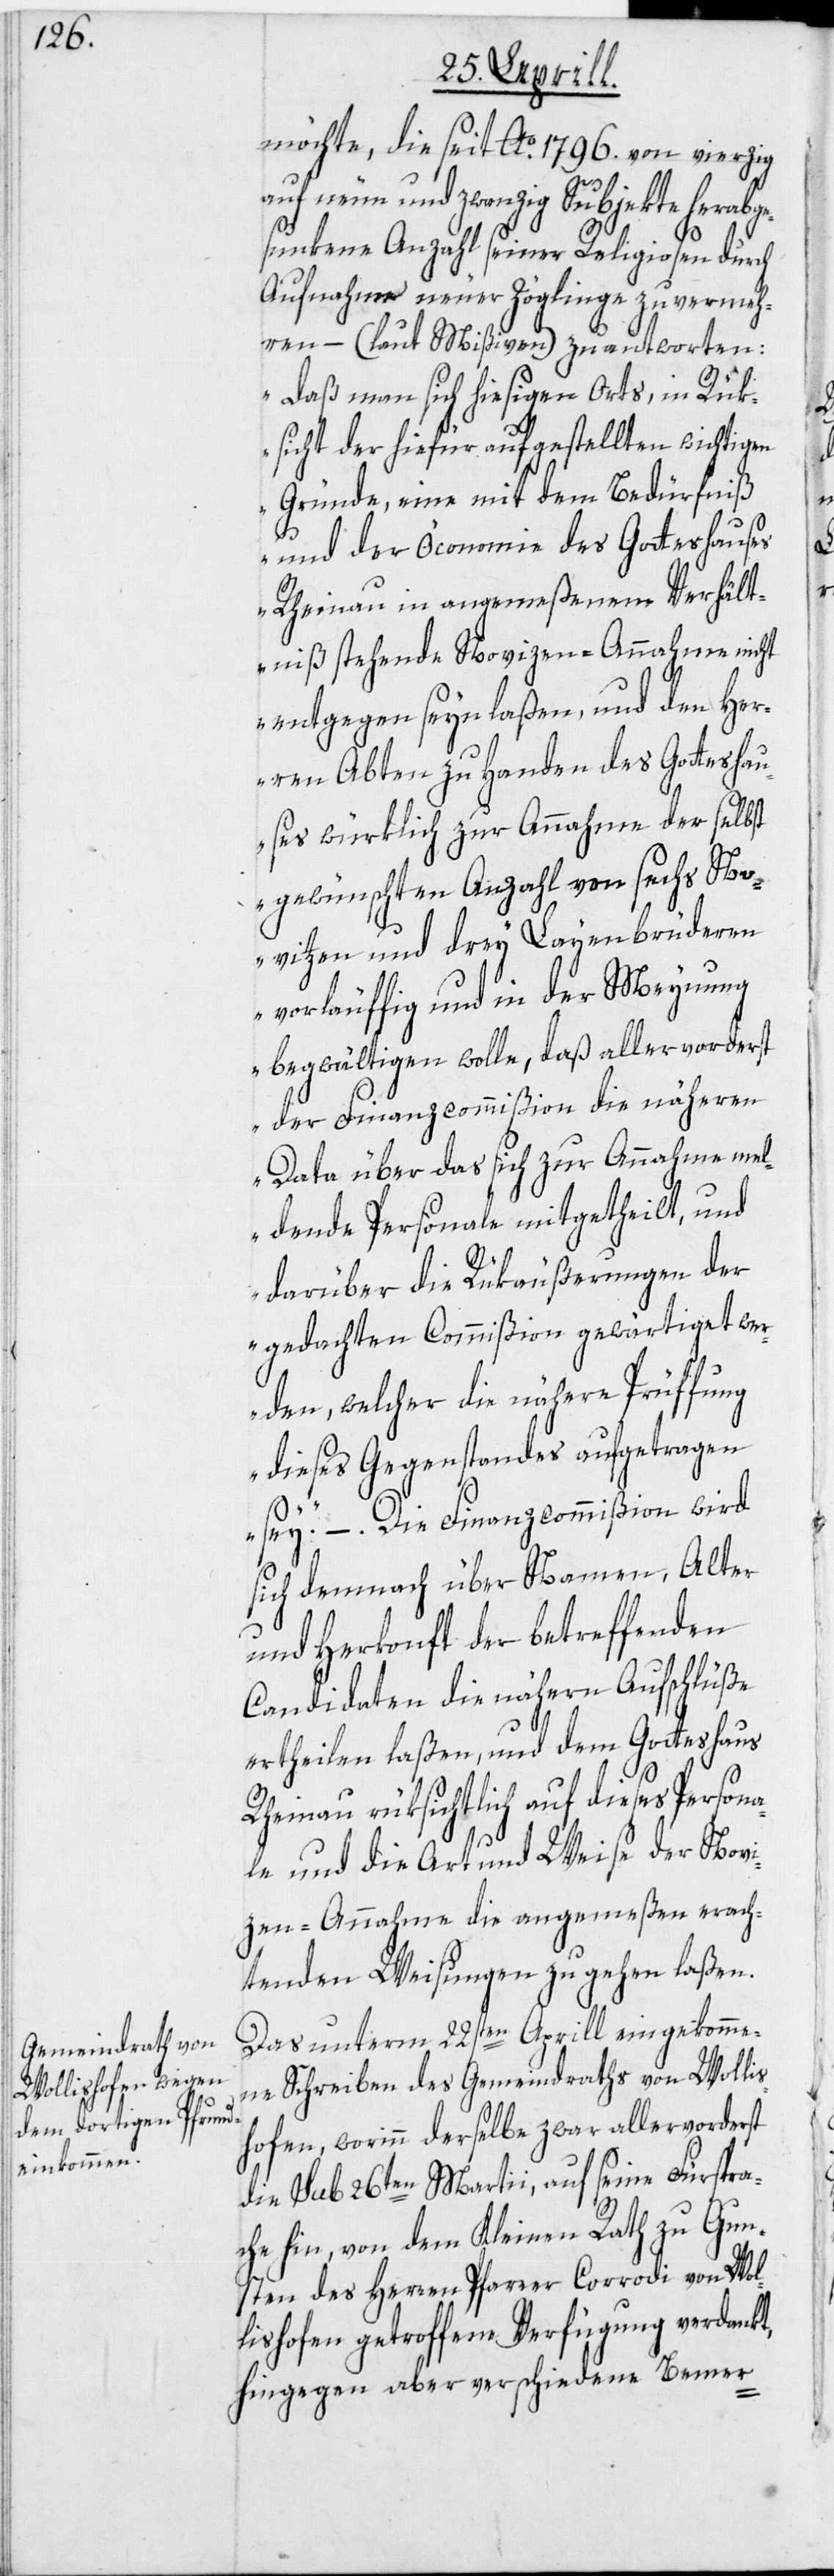
möchte, die seit Ao. 1796. von vierzig
auf neun und zwanzig Subjekte herabg¬
esunkene Anzahl seiner Religiosen durch
Aufnahme neuer Zöglinge zu vermeh¬
ren – (laut Mißiven) zu antworten:
„Daß man sich hiesigen Orts, in Rük¬
sicht der hiefür aufgestellten wichtigen
Gründe, eine mit dem Bedürfniß
und der Öconomie des Gotteshauses
Rheinau in angemeßenem Verhält¬
niß stehende Novizen-Annahme nicht
entgegen seyn laßen, und den Her¬
ren Abten zu Handen des Gotteshau¬
ses würklich zur Annahme der selbst
gewünschten Anzahl von sechs No¬
vitzen und drey Layenbrüderen
vorläuffig und in der Meynung
begwältigen wolle, daß aller vorderst
der Finanzcommißion die näheren
Data über das sich zur Annahme mel¬
dende Personale mitgetheilt, und
darüber die Rükäußerungen der
gedachten Commißion gewärtiget wer¬
den, welcher die nähere Prüffung
dieses Gegenstandes aufgetragen
sei.“ – Die Finanzcommißion wird
sich demnach über Namen, Alter
und Herkonft der betreffenden
Candidaten die nähern Aufschlüße
ertheilen laßen, und dem Gotteshaus
Rheinau rüksichtlich auf dieses Persona¬
le und die Art und Weise der Novi¬
zen-Annahme die angemeßen erach¬
tenden Weisungen zu gehen laßen.
Das unterm 22sten Aprill eingekomme¬
ne Schreiben des Gemeindraths von Wolli¬
shofen, worinn derselbe zwar allervorderst
die sub 26ten Martii, auf seine Fürspra¬
che hin, von dem Kleinen Rath zu Gun¬
sten des Herren Pfarrer Corrodi von Wol¬
lishofen getroffene Verfügung verdankt,
hingegen aber verschiedene Bemer-